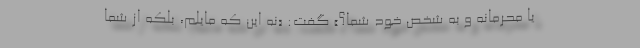
یا محرمانه و به شخص خود شما؟» گفت: «نه این که مایلم، بلکه از شما